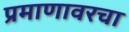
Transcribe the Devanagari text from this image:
प्रमाणावरचा